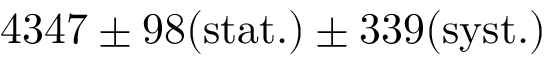
4 3 4 7 \pm 9 8 \mathrm { { ( s t a t . ) } \pm 3 3 9 \mathrm { { ( s y s t . ) } } }